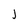
Character: j